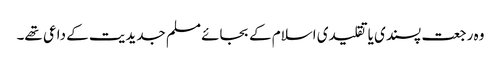
وہ رجعت پسندی یا تقلیدی اسلام کے بجائے مسلم جدیدیت کے داعی تھے۔